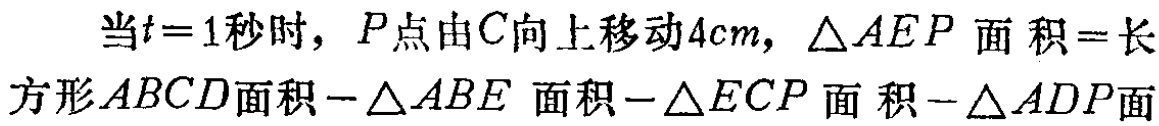
当\(t = 1\)秒时，\(P\)点由\(C\)向上移动\(4cm\)，\(\triangle AEP\)面积\(=\)长方形\(ABCD\)面积\(-\triangle ABE\)面积\(-\triangle ECP\)面积\(-\triangle ADP\)面